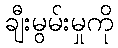
ချီးမွမ်းမှုကို